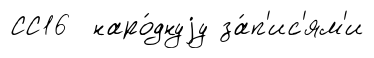
СС16 наро́днуjу за́п'ис'ям'и